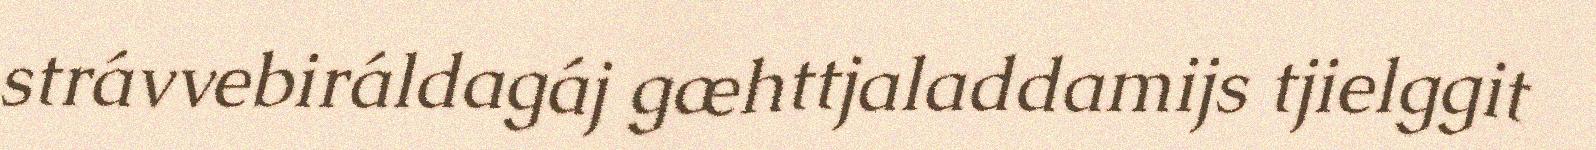
strávvebiráldagáj gæhttjaladdamijs tjielggit